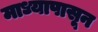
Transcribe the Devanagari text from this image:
माध्यापासून